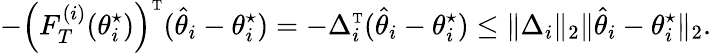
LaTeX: -\left({F}_{T}^{(i)}(\theta_{i}^{\star})\right)^{\mathrm{\scriptscriptstyle T}}(\hat{\theta}_{i}-\theta_{i}^{\star})=-\Delta_{i}^{\mathrm{\scriptscriptstyle T}}(\hat{\theta}_{i}-\theta_{i}^{\star})\leq\| \Delta_{i}\| _{2}\| \hat{\theta}_{i}-\theta_{i}^{\star}\| _{2}.